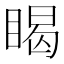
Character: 𥈎